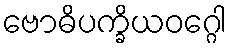
ဗောဓိပက္ခိယဝဂ္ဂေါ